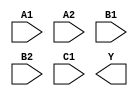
/**
 * Copyright 2020 The SkyWater PDK Authors
 *
 * Licensed under the Apache License, Version 2.0 (the "License");
 * you may not use this file except in compliance with the License.
 * You may obtain a copy of the License at
 *
 *     https://www.apache.org/licenses/LICENSE-2.0
 *
 * Unless required by applicable law or agreed to in writing, software
 * distributed under the License is distributed on an "AS IS" BASIS,
 * WITHOUT WARRANTIES OR CONDITIONS OF ANY KIND, either express or implied.
 * See the License for the specific language governing permissions and
 * limitations under the License.
 *
 * SPDX-License-Identifier: Apache-2.0
 */

`ifndef SKY130_FD_SC_LP__O221AI_SYMBOL_V
`define SKY130_FD_SC_LP__O221AI_SYMBOL_V

/**
 * o221ai: 2-input OR into first two inputs of 3-input NAND.
 *
 *         Y = !((A1 | A2) & (B1 | B2) & C1)
 *
 * Verilog stub (without power pins) for graphical symbol definition
 * generation.
 *
 * WARNING: This file is autogenerated, do not modify directly!
 */

`timescale 1ns / 1ps
`default_nettype none

(* blackbox *)
module sky130_fd_sc_lp__o221ai (
    //# {{data|Data Signals}}
    input  A1,
    input  A2,
    input  B1,
    input  B2,
    input  C1,
    output Y
);

    // Voltage supply signals
    supply1 VPWR;
    supply0 VGND;
    supply1 VPB ;
    supply0 VNB ;

endmodule

`default_nettype wire
`endif  // SKY130_FD_SC_LP__O221AI_SYMBOL_V